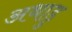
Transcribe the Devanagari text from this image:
अथाडु